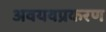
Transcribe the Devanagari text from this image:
अवयवप्रकरण